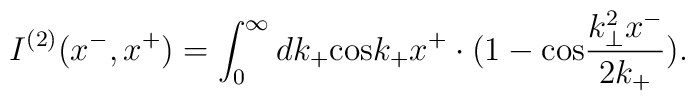
I^{(2)}(x^-,x^+)=\int_0^{\infty}dk_+{\rm cos}k_+x^+ \cdot(1-{\rm cos}\frac{k_{\bot}^2x^-}{2k_+}).